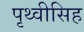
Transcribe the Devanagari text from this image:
पृथ्वीसिह